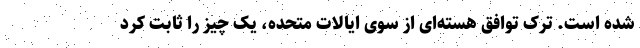
شده است. ترک توافق هسته‌ای از سوی ایالات متحده، یک چیز را ثابت کرد